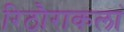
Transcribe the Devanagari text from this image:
रिठौराकलां